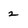
Character: 2